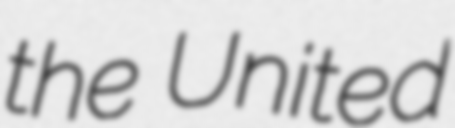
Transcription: the United